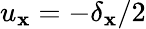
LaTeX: u_{\mathbf{x}}=-\delta_{\mathbf{x}}/2